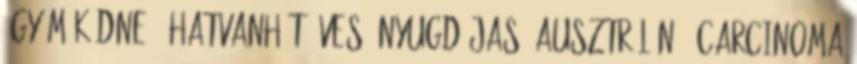
így működne - Hatvanhét éves, nyugdíjas, ausztrál nő. Carcinoma